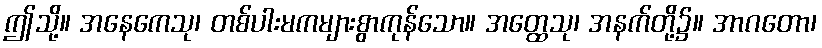
ဤသို့။ အနေကေသု၊ တစ်ပါးမကများစွာကုန်သော။ အတ္ထေသု၊ အနက်တို့၌။ အာဂတော၊